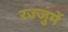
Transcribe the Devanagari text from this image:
रज्जुमें